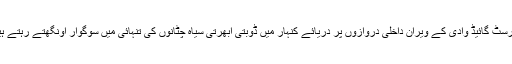
ٹورسٹ گائیڈ وادی کے ویران داخلی دروازوں پر دریائے کنہار میں ڈوبتی اُبھرتی سیاہ چٹانوں کی تنہائی میں سوگوار اُونگھتے رہتے ہیں۔